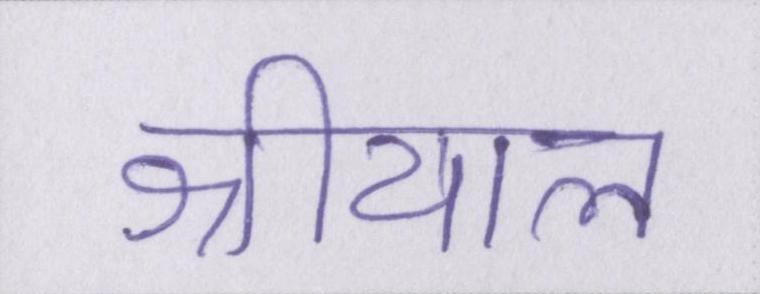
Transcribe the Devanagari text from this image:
श्रीयाल